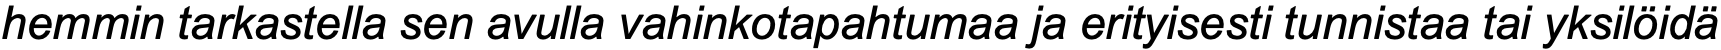
hemmin tarkastella sen avulla vahinkotapahtumaa ja erityisesti tunnistaa tai yksilöidä